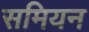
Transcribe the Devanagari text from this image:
समियन